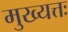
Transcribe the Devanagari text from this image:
मुख्यत्तः